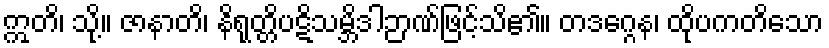
ဣတိ၊ သို့။ ဇာနာတိ၊ နိရုတ္တိပဋိသမ္ဘိဒါဉာဏ်ဖြင့်သိ၏။ တဒဂ္ဂေန၊ ထိုပကတိသော